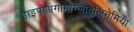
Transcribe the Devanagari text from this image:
हाइपोअगामाग्लोबुलिनेमिया